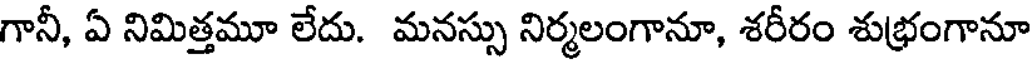
గానీ, ఏ నిమిత్తమూ లేదు. మనస్సు నిర్మలంగానూ, శరీరం శుభ్రంగానూ